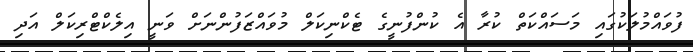
ފުވައްމުލަކުގައި މަސައްކަތް ކުރާ އެ ކުންފުނީގެ ޓެކްނިކަލް މުވައްޒަފުންނަށް ވަނީ އިލެކްޓްރިކަލް އަދި